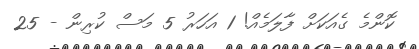
ކޮންމެ ގެއަކަށް ފާލަމެއް! 1 އަހަރު 5 މަސް ކުރިން - 25